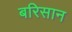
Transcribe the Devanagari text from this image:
बरिसान